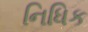
નિધિક